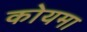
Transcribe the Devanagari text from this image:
कोयमा